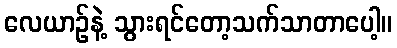
လေယာဉ်နဲ့ သွားရင်တော့သက်သာတာပေါ့။